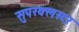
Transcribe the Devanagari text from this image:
सुपरक्‍लस्टर